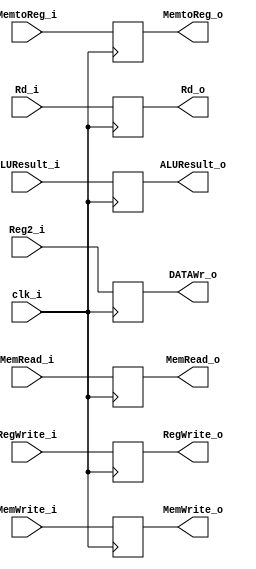
module EXMEM
(
    clk_i, 
    RegWrite_i,
    MemtoReg_i,
    MemRead_i,
    MemWrite_i,
    Rd_i,
    ALUResult_i,
    Reg2_i,
    RegWrite_o,
    MemtoReg_o,
    MemRead_o,
    MemWrite_o,
    Rd_o,
    ALUResult_o,
    DATAWr_o,
);

input           clk_i;
input           RegWrite_i, MemtoReg_i, MemRead_i, MemWrite_i;
input   [4:0]   Rd_i;
input   [31:0]  ALUResult_i, Reg2_i;

output           RegWrite_o, MemtoReg_o, MemRead_o, MemWrite_o;
output   [4:0]   Rd_o;
output   [31:0]  ALUResult_o , DATAWr_o;

reg              RegWrite_o, MemtoReg_o, MemRead_o, MemWrite_o;
reg      [4:0]   Rd_o;
reg      [31:0]  ALUResult_o , DATAWr_o;

initial begin
    RegWrite_o = 1'b0;
    MemtoReg_o = 1'b0;
    MemRead_o = 1'b0;
    MemWrite_o = 1'b0;
    Rd_o = 5'b0;
    ALUResult_o = 32'b0;
    DATAWr_o = 32'b0;
end

always@(posedge clk_i) begin
    RegWrite_o <= RegWrite_i;
    MemtoReg_o <= MemtoReg_i;
    MemRead_o <= MemRead_i;
    MemWrite_o <= MemWrite_i;
    Rd_o <= Rd_i;
    ALUResult_o <= ALUResult_i;
    DATAWr_o <= Reg2_i;
end

endmodule